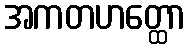
အကတဟတ္ထော